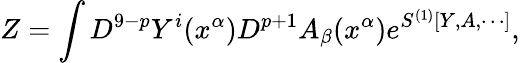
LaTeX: Z=\int D^{9-p}Y^{i}(x^{\alpha})D^{p+1}A_{\beta}(x^{\alpha})e^{S^{(1)}[Y,A,\cdots]},